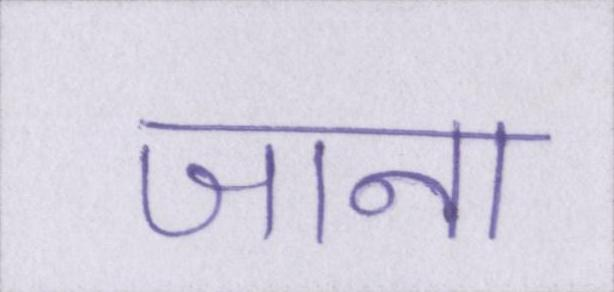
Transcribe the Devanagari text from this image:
जाना